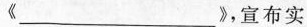
《___》，宣布实